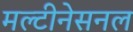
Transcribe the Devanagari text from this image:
मल्टीनेसनल